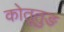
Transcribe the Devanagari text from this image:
कोतूतुङ